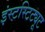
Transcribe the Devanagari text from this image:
इंस्टस्टिट्यूट